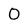
Character: O